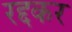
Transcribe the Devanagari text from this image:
रद्दकर